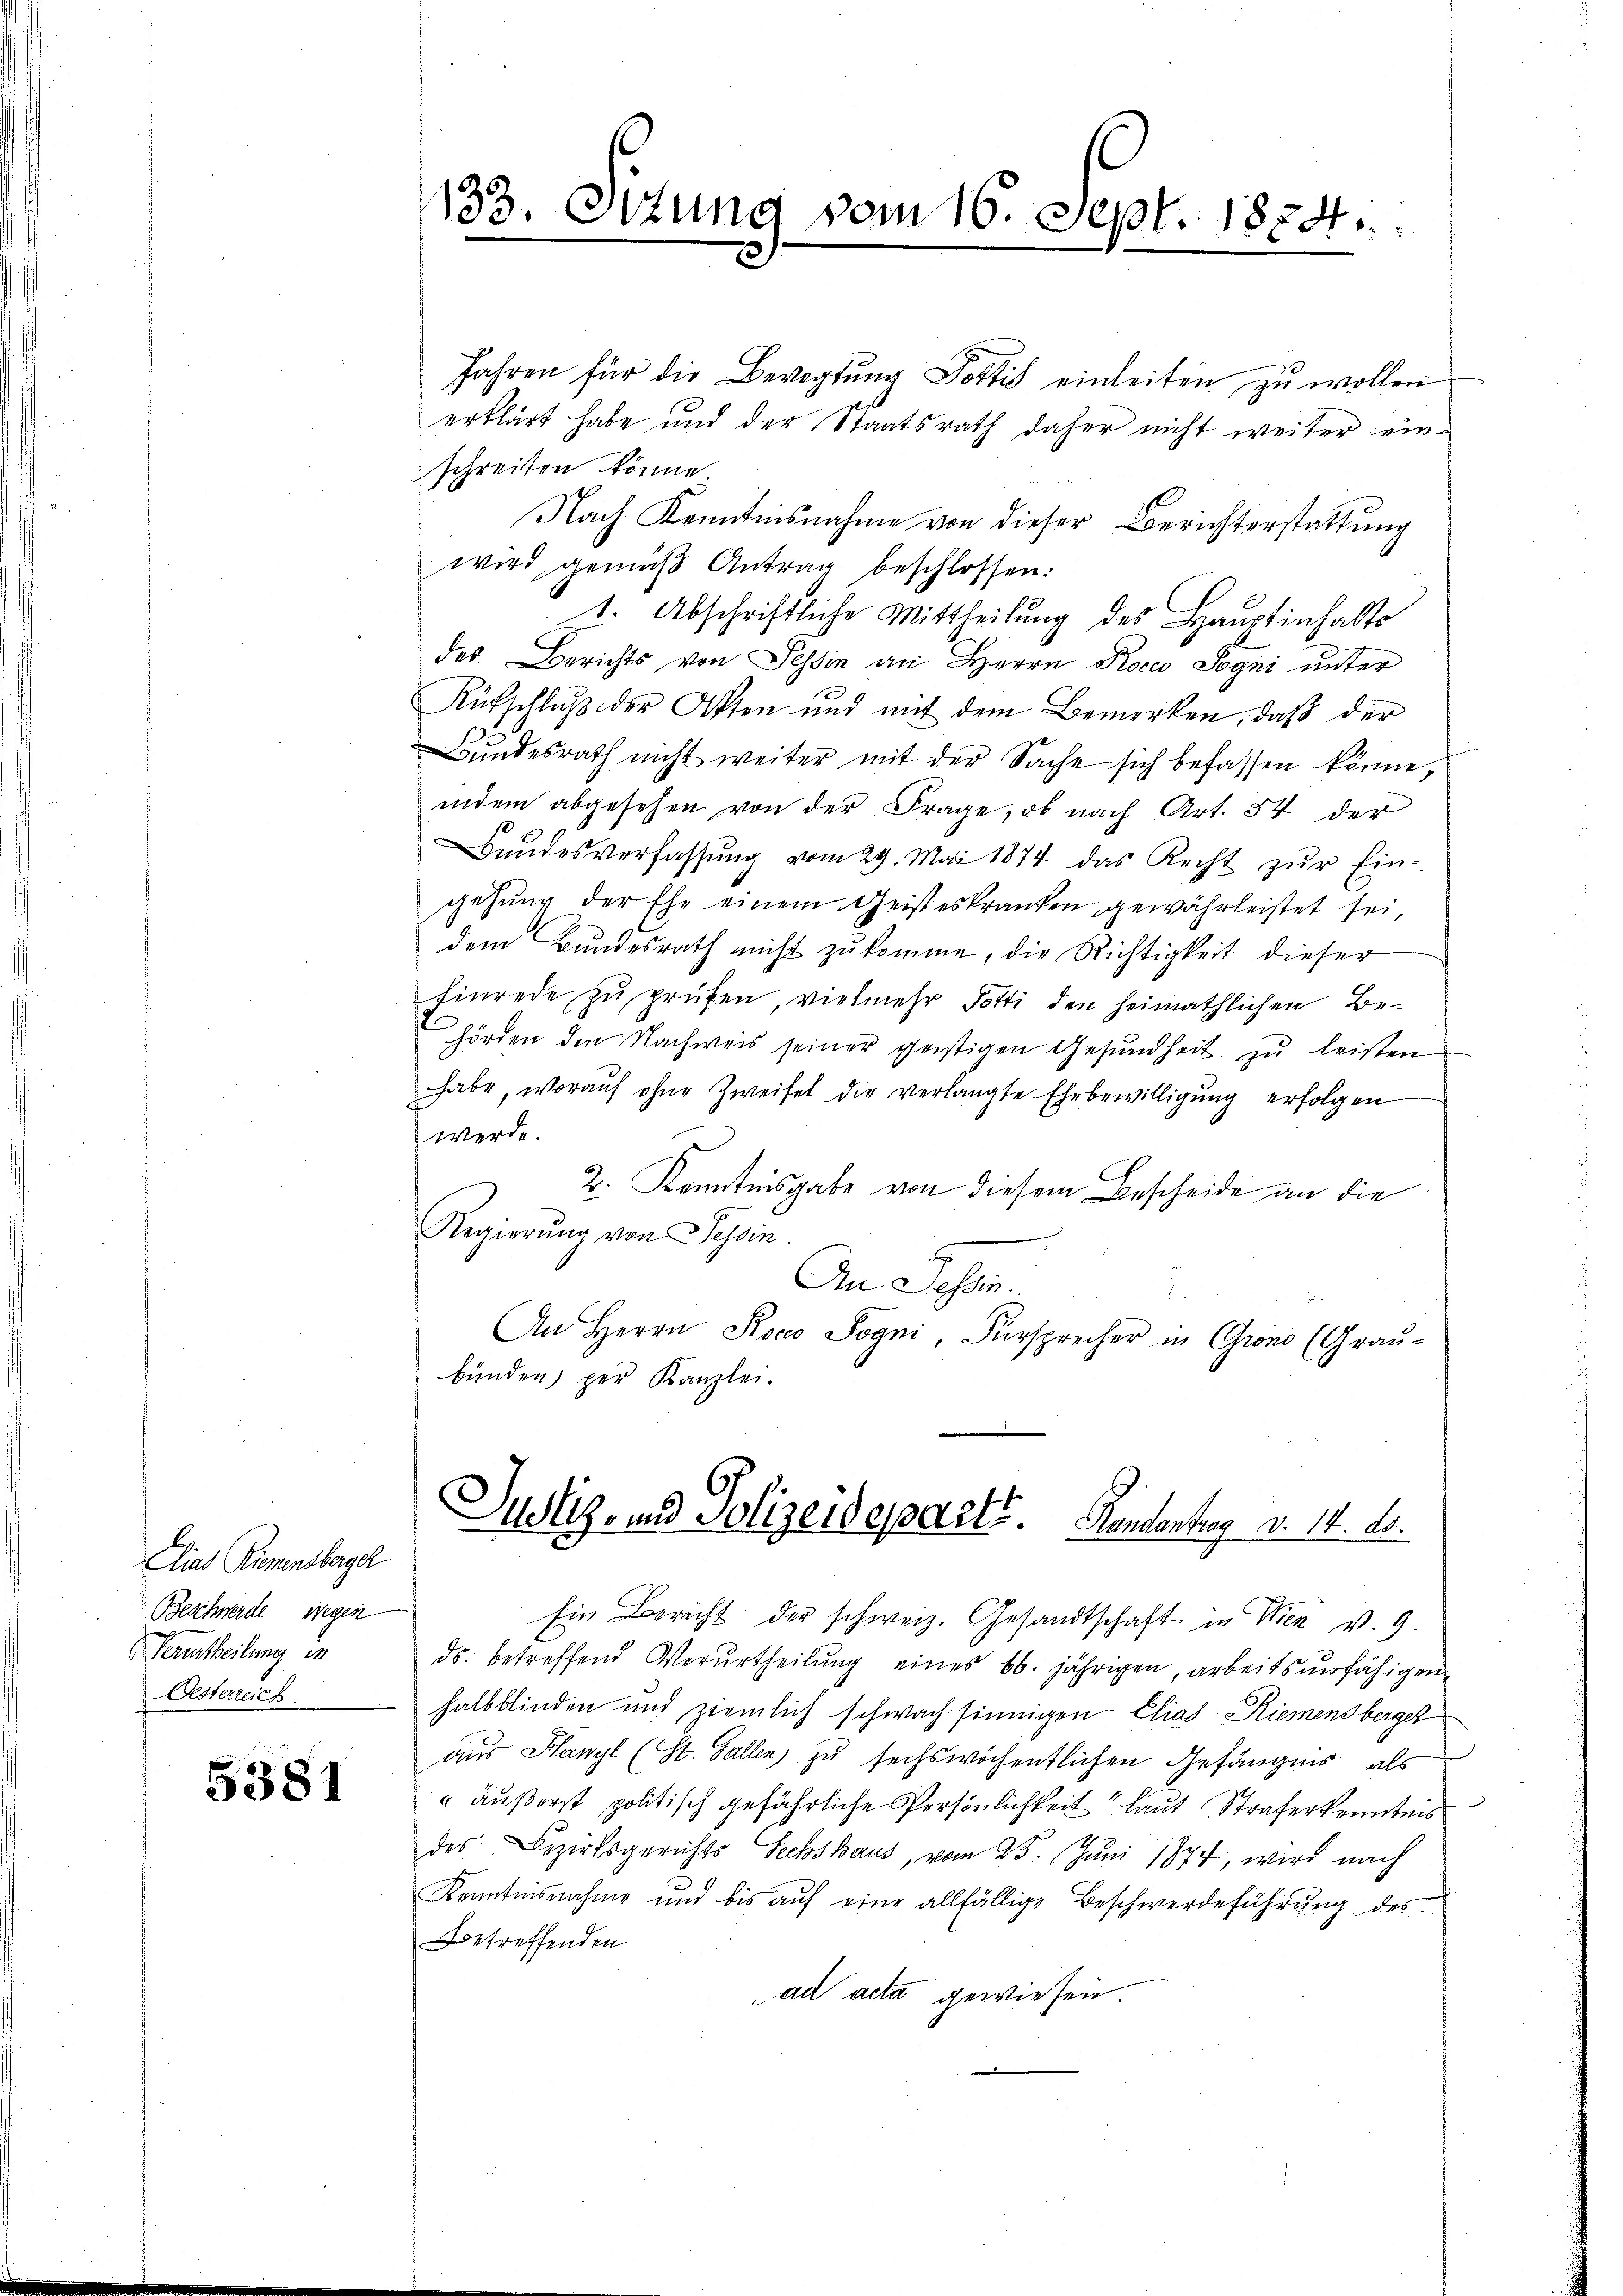
Clias Riemensberge
Beschwerde wegen
Verurtheilung in
Oesterreich

5381

133. Ottung vom 16. Sept. 1874.

Jahren für die Bevogtung Pottis einleiten zu wollen
erklärt habe und der Staatsrath daher nicht weiter einschreiten könne
Nach Kenntnisnahme von dieser Berichterstattung
wird gemäß Antrag beschlossen:
1. Abschriftliche Mittheilung des Hauptinhalts
des Berichts von Tessin an Herrn Rocco Sogni unter
Kutschluß der Akten und mit dem Bemerken, daß der
Bundesrath nicht weiter mit der Sache sich befassen könne,
indem abgesehen von der Frage, ob nach Art. 54 der
Bŭndesverfassŭng vom 29. Mai 1874 das Recht zŭr Ein-
gehung der Ehe einem Geisteskranken gewährleistet sei,
dem Bundesrath nicht zukomme, die Richtigkeit dieser
finrede zu prüfen, vielmehr Potti den heimathlichen Behörden den Nachweis seiner geistigen Gesundheit zu leisten
habe, worauf ohne Zweifel die verlangte Ehebewilligung erfolgen
werde.
2. Kenntnisgabe von diesem Bescheide an die
Regierung von Tessin
.
An Tessin.
An Herrn Stoc Sogni, Fürsprecher in Grono (Grau-
bünden) per Kanzlei.
.
Justiz- und Polizeidepart. Handentrag d. 14. A.
Ein Bericht der schweiz. Gesandtschaft in Wien v. 9
ds. betreffend Verurtheilŭng eines 66. jährigen, arbeitsunfähigen
halbblinden und ziemlich schwach sinnigen Elias Riemensberger
aus Hanyl (St. Gallen zu sechswöchentlichen Gefängnis, als
 äußerst politisch gefährliche Persönlichkeit laut Straferkenntnis
des Bezirksgerichts Sechshaus, vom 25. Juni 1874, wird nach
Kenntnisnahme und bis auf eine allfällige Beschwerdeführung des
Betreffenden
ad acta gewiesen